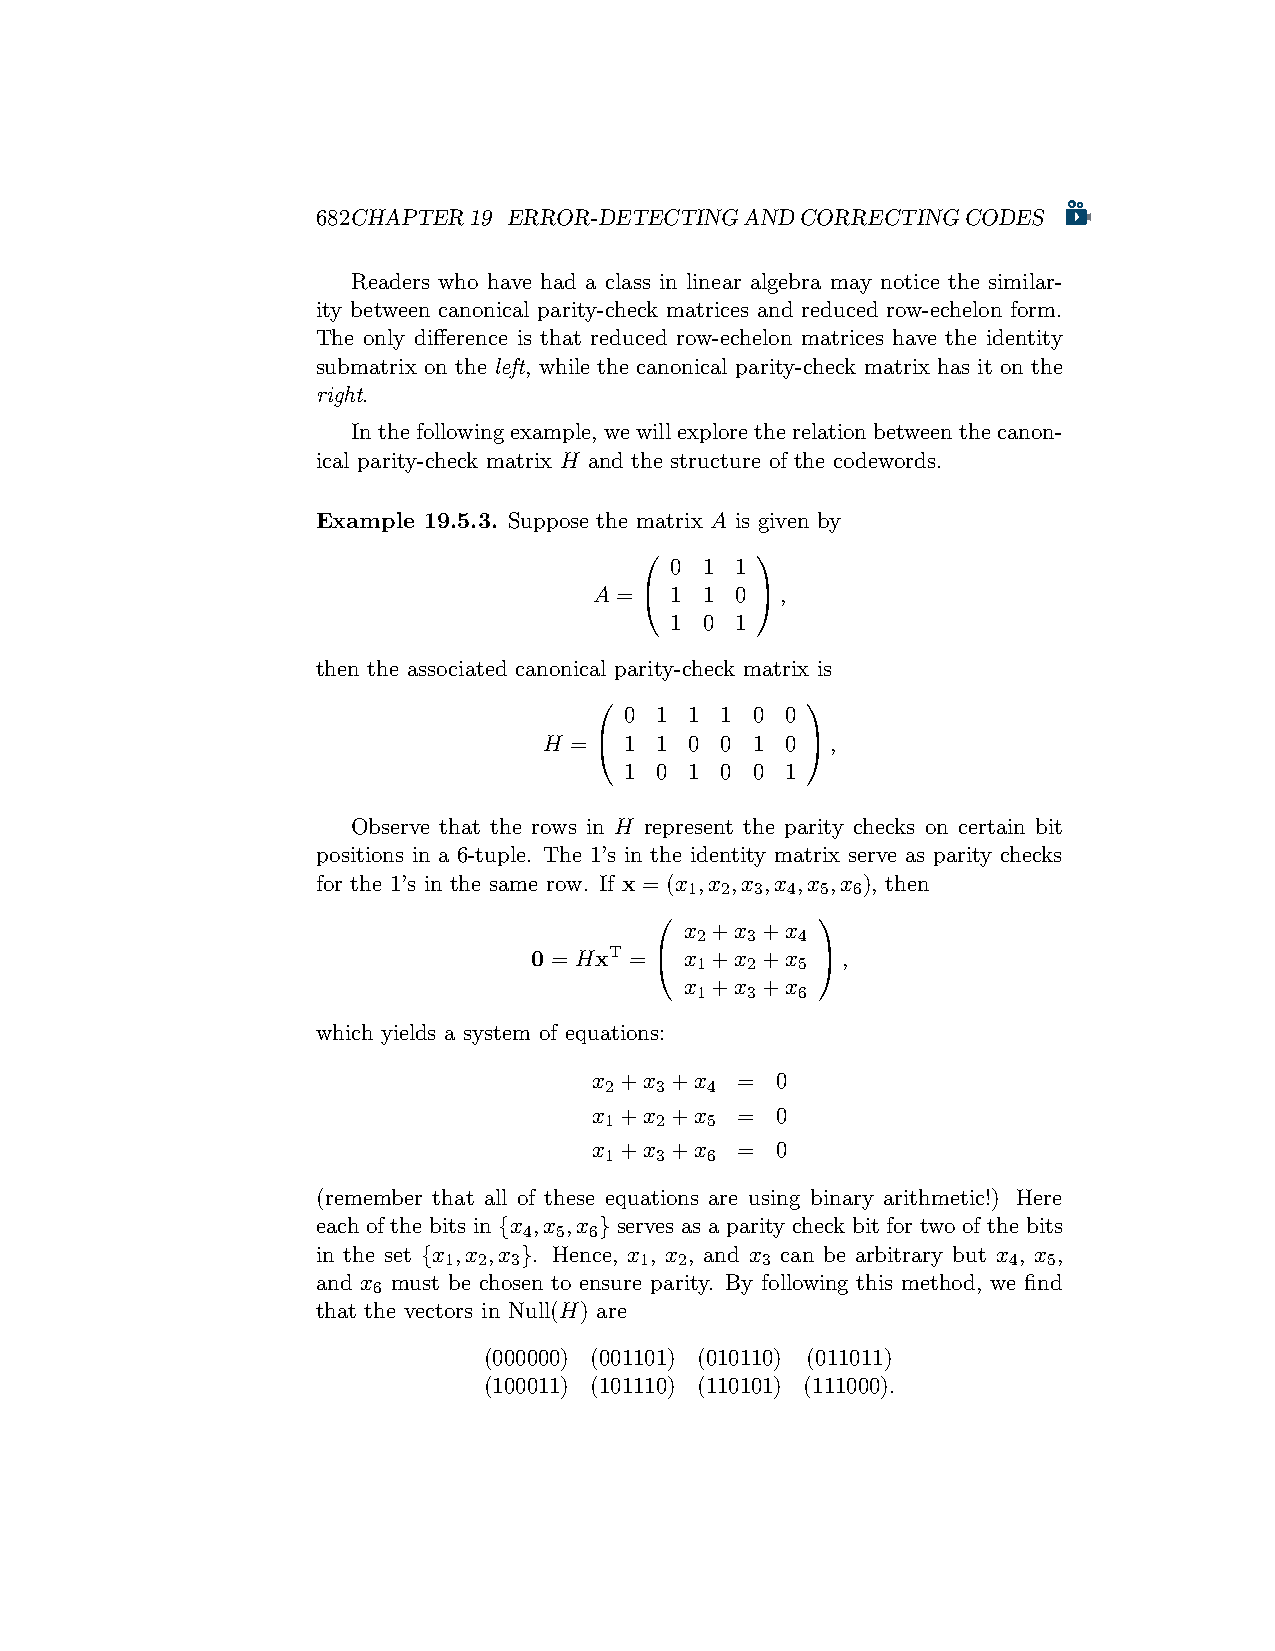
682CHAPTER19 ERROR-DETECTINGANDCORRECTINGCODES
 Readers who have had a class in linear algebra may notice the similar-
 ity between canonical parity-check matrices and reduced row-echelon form.
 The only difference is that reduced row-echelon matrices have the identity
 submatrix on the left, while the canonical parity-check matrix has it on the
 right.
 Inthefollowingexample, wewillexploretherelationbetweenthecanon-
 ical parity-check matrix H and the structure of the codewords.
 Example 19.5.3. Suppose the matrix A is given by
        
 0  1 1
 A =  1 1 0 ,
 1  0 1
 then the associated canonical parity-check matrix is
              
 0 1  1 1 0 0
 H =  1 1 0 0 1 0 ,
 1 0  1 0 0 1
 Observe that the rows in H represent the parity checks on certain bit
 positions in a 6-tuple. The 1’s in the identity matrix serve as parity checks
 for the 1’s in the same row. If x = (x ,x ,x ,x ,x ,x ), then
 1 2 3 4 5 6
           
 x +x +x
 2  3   4
 0 = HxT =  x 1+x 2+x 5 ,
 x +x +x
 1  3   6
 which yields a system of equations:
 x +x +x   = 0
 2  3   4
 x +x +x   = 0
 1  2   5
 x +x +x   = 0
 1  3   6
 (remember that all of these equations are using binary arithmetic!) Here
 each of the bits in {x ,x ,x } serves as a parity check bit for two of the bits
 4 5 6
 in the set {x ,x ,x }. Hence, x , x , and x can be arbitrary but x , x ,
 1  2 3       1  2    3                4 5
 and x must be chosen to ensure parity. By following this method, we find
 6
 that the vectors in Null(H) are
 (000000) (001101) (010110) (011011)
 (100011) (101110) (110101) (111000).